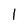
Character: l